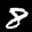
Label: 8